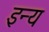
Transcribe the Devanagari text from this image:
इन्य